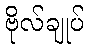
ဗိုလ်ချုပ်